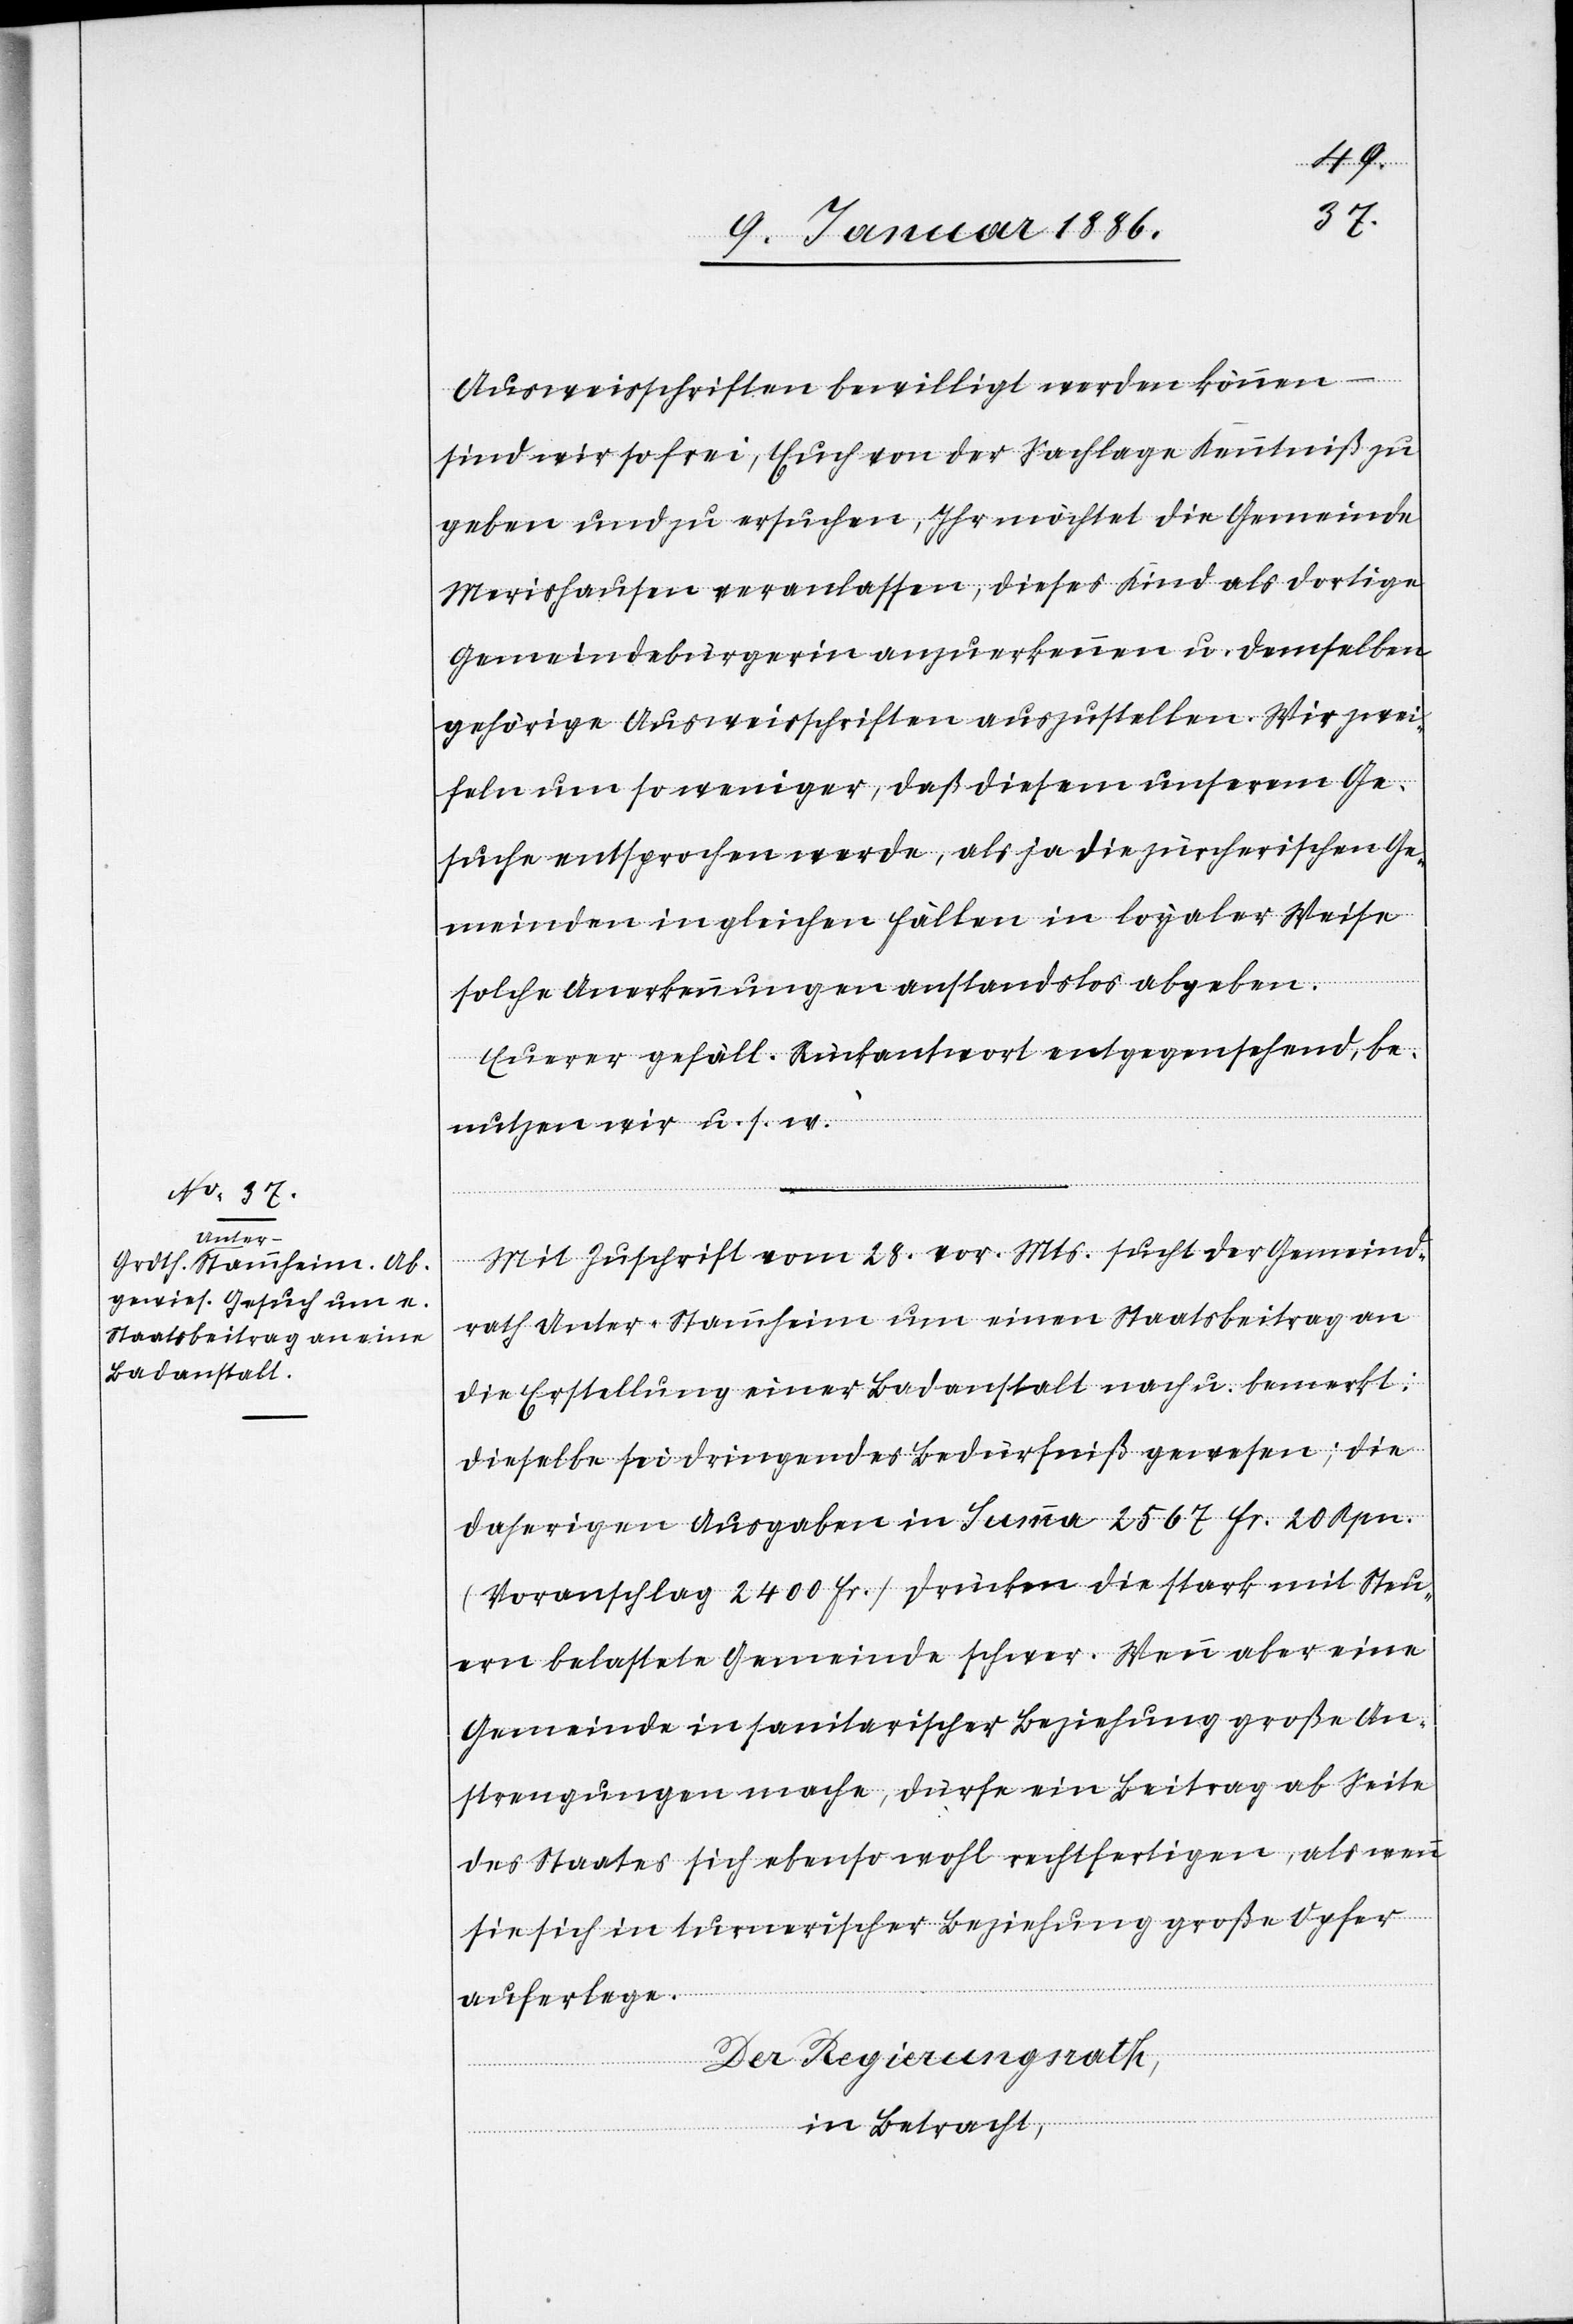
Ausweisschriften bewilligt werden können –
sind wir so frei, Euch von der Sachlage Kenntniß zu
geben und zu ersuchen, Ihr möchtet die Gemeinde
Merishausen veranlassen, dieses Kind als dortige
Gemeindebürgerin anzuerkennen u. demselben
gehörige Ausweisschriften auszustellen. Wir zwei¬
feln um so weniger, daß diesem unserem Ge¬
suche entsprochen werde, als ja die zürcherische Ge¬
meinde in gleichen Fällen in loyaler Weise
solche Anerkennungen anstandslos abgeben.
Euere gefäll. Rückantwort entgegensehend, be¬
nutzen wir u. s. w.“
Mit Zuschrift vom 28. vor. Mts. sucht der Gemeind¬
rath Unter-Stammheim um einen Staatsbeitrag an
die Erstellung einer Badeanstalt nach u. bemerkt:
Dieselbe sei dringend das Bedürfniß gewesen; die
daherigen Ausgaben in Summa 2567 Fr. 20 Rpn.
(Voranschlag 2400 Fr.) drücken die stark mit Steu¬
ern belastete Gemeinde schwer. Wenn aber eine
Gemeinde in sanitarischer Beziehung große An¬
strengungen mache, dürfe ein Beitrag ab Seite
des Staates sich ebenso wohl rechtfertigen, als wenn
sie sich in turnerischer Beziehung große Opfer
auferlegen.
Der Regierungsrath,
in Betracht,